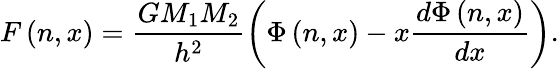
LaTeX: F\left(n,x\right)=\displaystyle\frac{GM_{1}M_{2}}{h^{2}}\left(\Phi\left(n,x\right)-x\frac{d\Phi\left(n,x\right)}{dx}\right).